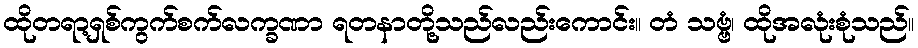
ထိုတရာ့ရှစ်ကွက်စက်လက္ခဏာ ရတနာတို့သည်လည်းကောင်း။ တံ သဗ္ဗံ၊ ထိုအလုံးစုံသည်။